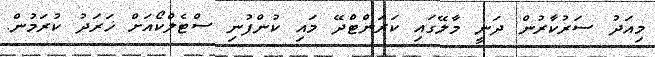
މިއަދު ސަރުކާރުން ދަނީ މާލޭގައި ކަރަންޓްދޭ މައި ކުންފުނި ސްޓެލްކޯއަށް ޚަރަދު ކުރަމުން.